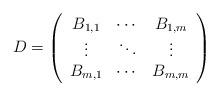
LaTeX: \begin{align*}D = \left(\begin{array}{ccc}B_{1,1} & \cdots & B_{1,m}\\\vdots& \ddots & \vdots\\B_{m,1}& \cdots & B_{m,m} \end{array} \right)\end{align*}